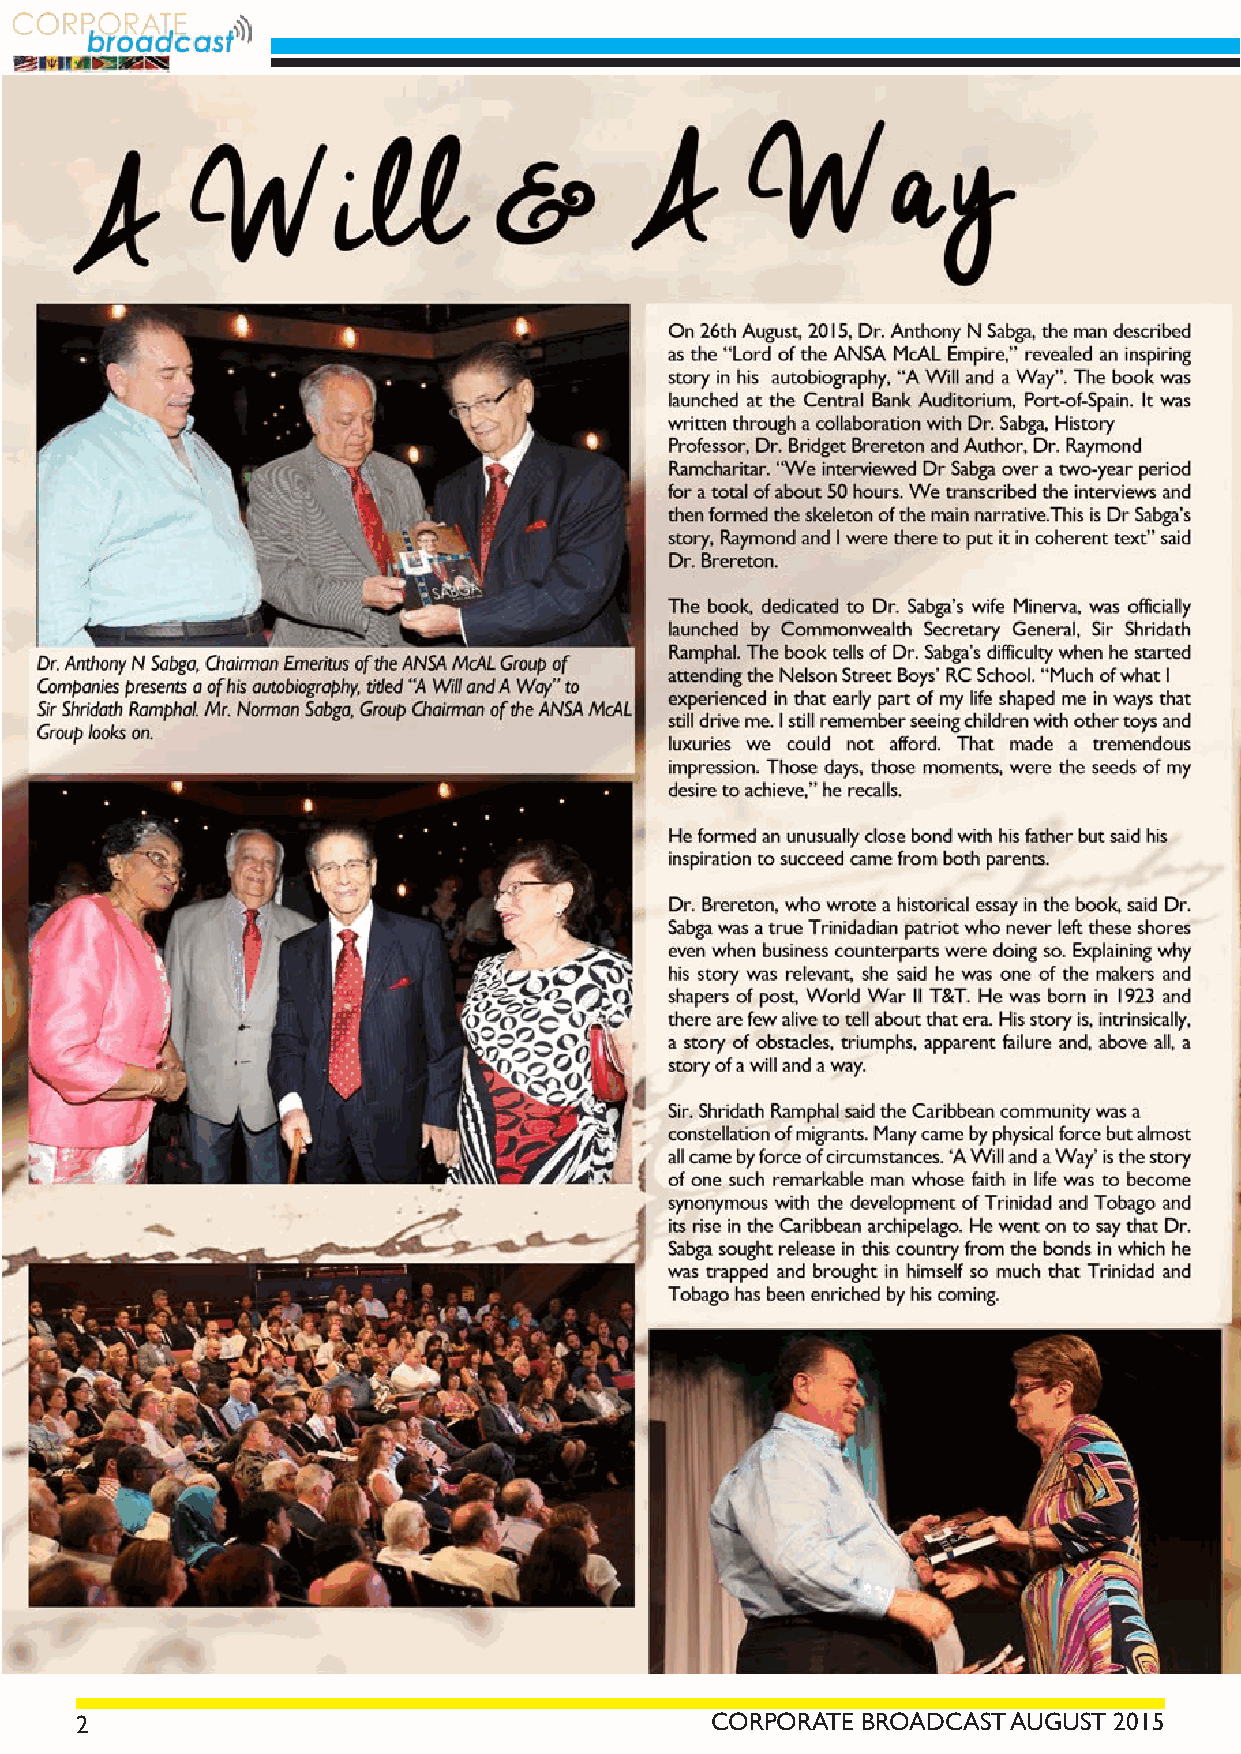
2                                         CORPORATE BROADCAST AUGUST 2015